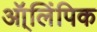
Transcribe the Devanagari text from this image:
ऑ्लिंपिक